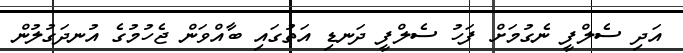
އަދި ސެލްފީ ނެގުމަށް ފަހު ސެލްފީ ދަނޑި އަތުގައި ބާއްވަން ޖެހުމުގެ އުނދަގުލުން